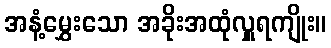
အနံ့မွှေးသော အခိုးအထုံလှူရကျိုး။